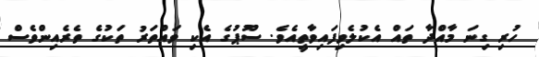
ހުރި ގިނަ މާއްދާ ތައް އެކުލެވިފައިވާތީއެވެ. ސޫޕުގެ އެކި ވައްތަރު ތަކުގެ ތެރެއިންވެސް